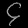
Digit: ၄